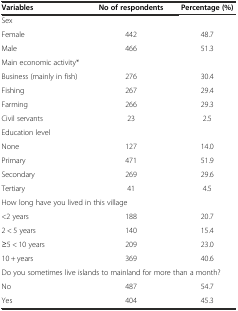
| Variables | No of respondents | Percentage (%) |
 | --- | --- | --- |
 | Sex |  |  |
 | Female | 442 | 48.7 |
 | Male | 466 | 51.3 |
 | Main economic activity* |  |  |
 | Business (mainly in fish) | 276 | 30.4 |
 | Fishing | 267 | 29.4 |
 | Farming | 266 | 29.3 |
 | Civil servants | 23 | 2.5 |
 | Education level |  |  |
 | None | 127 | 14.0 |
 | Primary | 471 | 51.9 |
 | Secondary | 269 | 29.6 |
 | Tertiary | 41 | 4.5 |
 | <COLSPAN=3> How long have you lived in this village |
 | <2 years | 188 | 20.7 |
 | 2 < 5 years | 140 | 15.4 |
 | ≥5 < 10 years | 209 | 23.0 |
 | 10 + years | 369 | 40.6 |
 | <COLSPAN=3> Do you sometimes live islands to mainland for more than a month? |
 | No | 487 | 54.7 |
 | Yes | 404 | 45.3 |